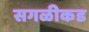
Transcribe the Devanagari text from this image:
सगळीकड